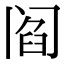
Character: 阎